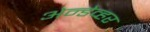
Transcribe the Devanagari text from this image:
अेन्डेव्हर